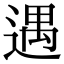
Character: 遇